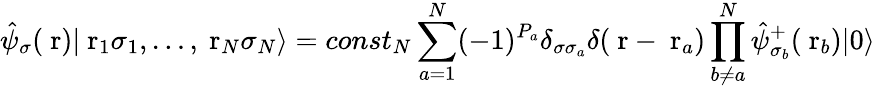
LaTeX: \hat{\psi}_{\sigma}(\mathrm{\mathbf~r})|\mathrm{\mathbf~r}_{1}\sigma_{1},\dots,\mathrm{\mathbf~r}_{N}\sigma_{N}\rangle=const_{N}\sum_{a=1}^{N}(-1)^{P_{a}}\delta_{\sigma\sigma_{a}}\delta(\mathrm{\mathbf~r}-\mathrm{\mathbf~r}_{a})\prod_{b\ne a}^{N}\hat{\psi}_{\sigma_{b}}^{+}(\mathrm{\mathbf~r}_{b})|0\rangle